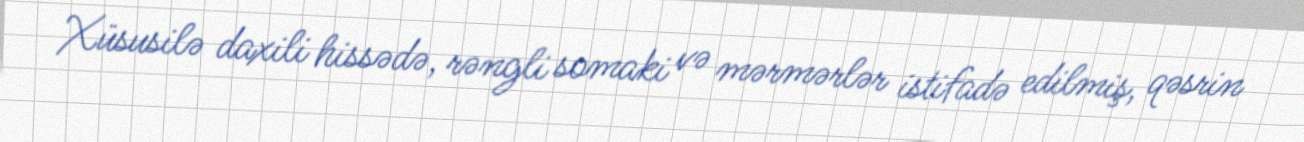
Xüsusilə daxili hissədə, rəngli somaki və mərmərlər istifadə edilmiş, qəsrin